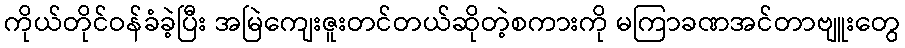
ကိုယ်တိုင်ဝန်ခံခဲ့ပြီး အမြဲကျေးဇူးတင်တယ်ဆိုတဲ့စကားကို မကြာခဏအင်တာဗျူးတွေ